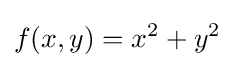
f(x,y)=x^{2}+y^{2}